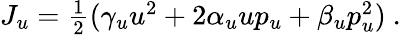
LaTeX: \begin{array}{r}{J_{u}=\frac{1}{2}(\gamma_{u}u^{2}+2\alpha_{u}up_{u}+\beta_{u}p_{u}^{2})\ .}\end{array}